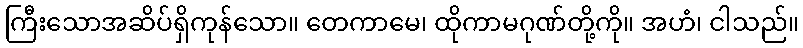
ကြီးသောအဆိပ်ရှိကုန်သော။ တေကာမေ၊ ထိုကာမဂုဏ်တို့ကို။ အဟံ၊ ငါသည်။